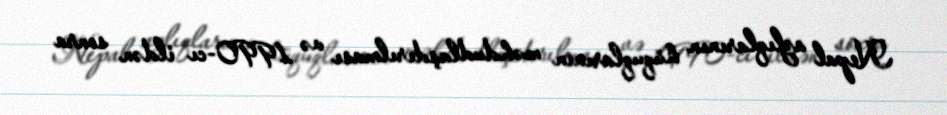
Nepal azlıqlarının hüquqlarının məhdudlaşdırılması və 1990-cı ildən sonra